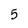
Character: 5